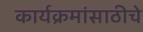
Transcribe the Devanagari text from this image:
कार्यक्रमांसाठीचे